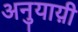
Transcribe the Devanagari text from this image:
अनुयाय़ी